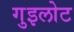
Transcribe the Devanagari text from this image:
गुइलोट